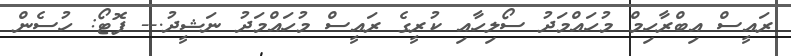
ރައީސް އިބްރާހިމް މުހައްމަދު ސޯލިހާއި ކުރީގެ ރައީސް މުހައްމަދު ނަޝީދު.-- ފޮޓޯ: ހުސެން